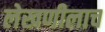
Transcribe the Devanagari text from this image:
लेखणीलाच